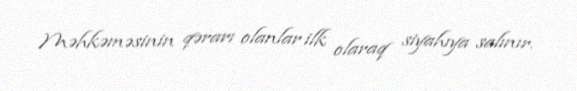
Məhkəməsinin qərarı olanlar ilk olaraq siyahıya salınır.